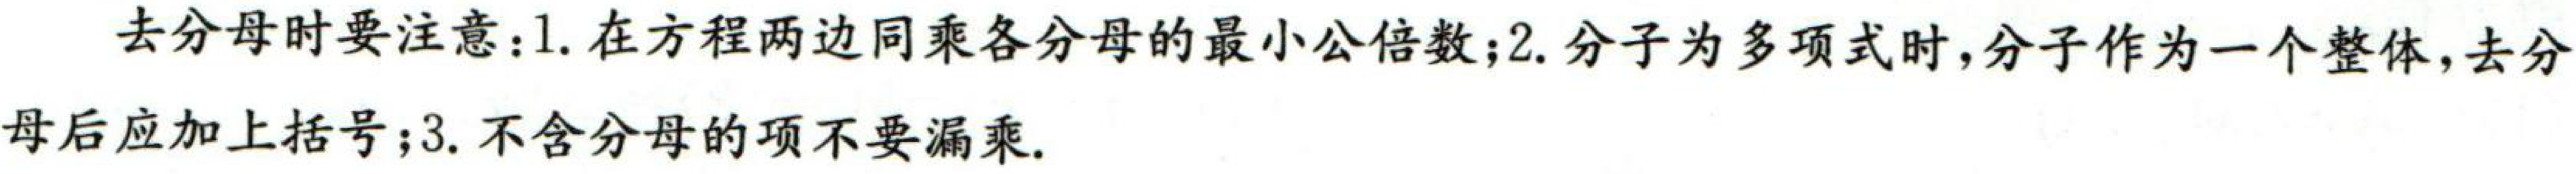
去分母时要注意：1. 在方程两边同乘各分母的最小公倍数；2. 分子为多项式时，分子作为一个整体，去分
母后应加上括号；3. 不含分母的项不要漏乘。